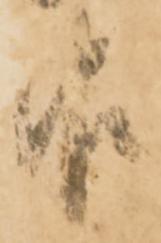
報